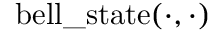
\mathrm { b e l l \_ s t a t e } ( \cdot , \cdot )